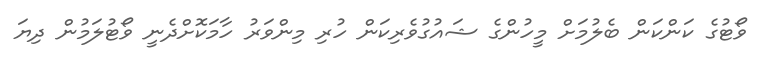
ވޯޓުގެ ކަންކަން ބެލުމަށް މީހުންގެ ޝައުގުވެރިކަން ހުރި މިންވަރު ހާމަކޮށްދެނީ ވޯޓުލަމުން ދިޔަ